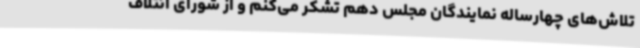
تلاش‌های چهارساله نمایندگان مجلس دهم تشکر می‌کنم و از شورای ائتلاف